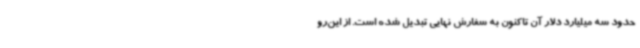
حدود سه میلیارد دلار آن تاکنون به سفارش نهایی تبدیل شده است. از این‌رو